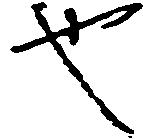
也